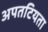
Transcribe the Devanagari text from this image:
अपतटियता